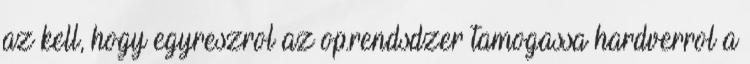
az kell, hogy egyreszrol az op.rendsdzer tamogassa hardverrol a